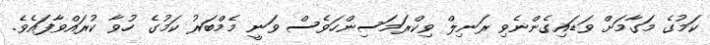
ކަމުގެ މަގާމަށް ވަޑައިގެންނެވި ރަނިލް ވިކްރަމަސިންހަވެސް ވަނީ މެމްބަރު ކަމުގެ ހުވާ ކުރައްވާފައެވެ.